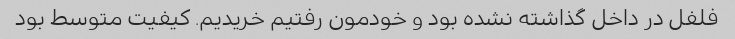
فلفل در داخل گذاشته نشده بود و خودمون رفتیم خریدیم. کیفیت متوسط بود